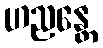
ဟညန္တေ